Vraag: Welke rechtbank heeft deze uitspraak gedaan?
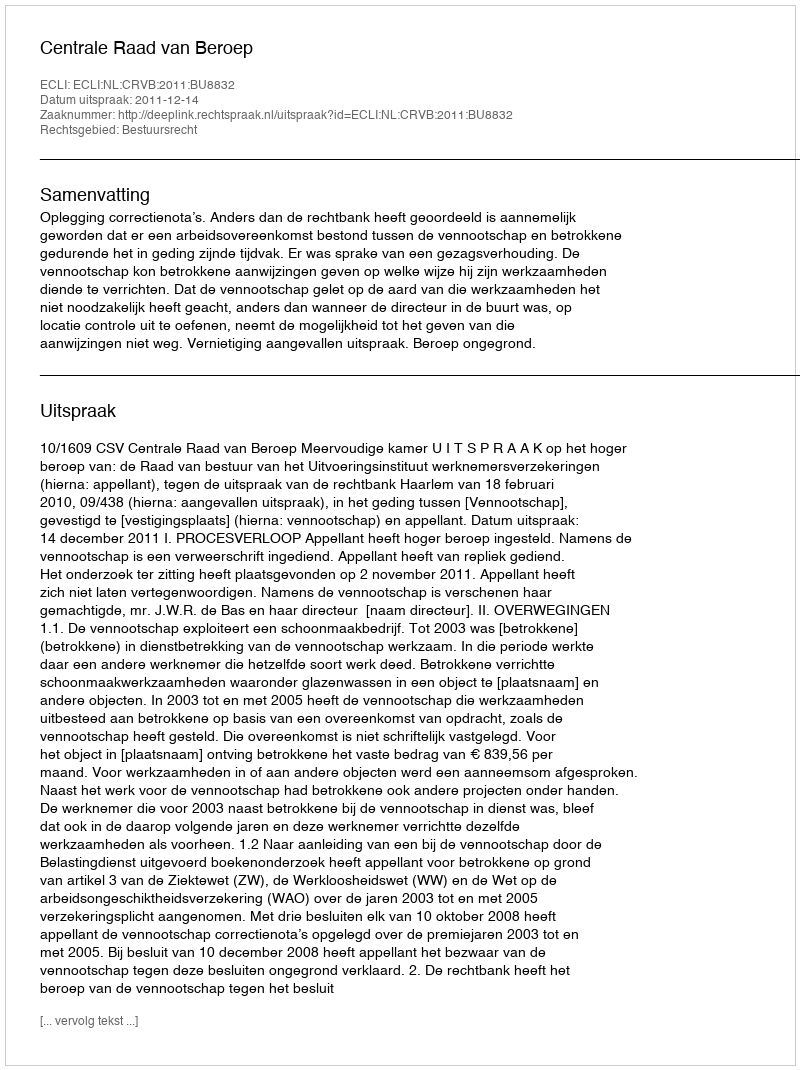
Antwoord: Centrale Raad van Beroep